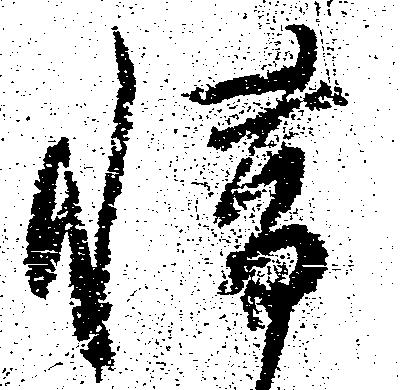
惜